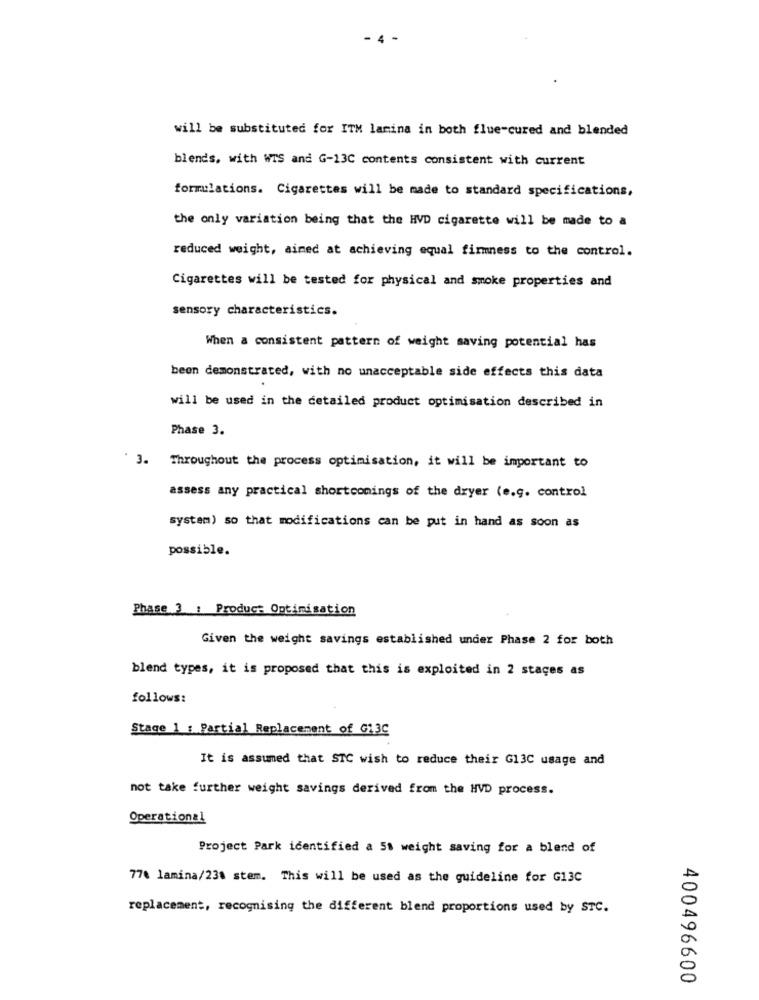
will be substituted for ITM lamina in both flue-cured and blended
blends, with WIS and G-13C contents consistent with current
formulations. Cigarettes will be made to standard specifications,
the only variation being that the HVD cigarette will be made to a
reduced weight, aimed at achieving equal firmness to the control.
Cigarettes will be tested for physical and smoke properties and
sensory characteristics.
When a consistent pattern of weight saving potential has
been demonstrated, with no unacceptable side effects this data
will be used in the detailed product optimisation described in
Phase 3.
' 3. Throughout the process optimisation, it will be important to
assess any practical shortcomings of the dryer (e.g. control
system) so that modifications can be put in hand as soon as
possible.
Phase 3 : Product Optimisation
Given the weight savings established under Phase 2 for both
blend types, it is proposed that this is exploited in 2 stages as
follows:
Stage 1 : Partial Replacement of G1,3C
It is assumed that STC wish to reduce their G13C usage and
not take further weight savings derived from the HVD process.
Operational
Project Park identified a 51 weight saving for a blend of
770 lamina/238 stem. This will be used as the guideline for G13C
replacement, recognising the different blend proportions used by STC.
400496600